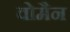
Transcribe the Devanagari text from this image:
वोमैन